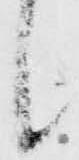
候